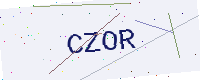
Text: CZOR